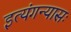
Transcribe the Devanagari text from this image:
इत्यंगन्यासः